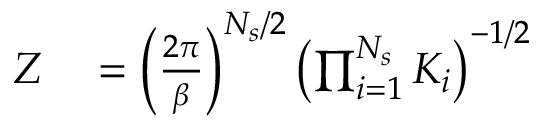
\begin{array} { r l } { Z } & { { } = \left( \frac { 2 \pi } { \beta } \right) ^ { N _ { s } / 2 } \left( \prod _ { i = 1 } ^ { N _ { s } } { K _ { i } } \right) ^ { - 1 / 2 } } \end{array}